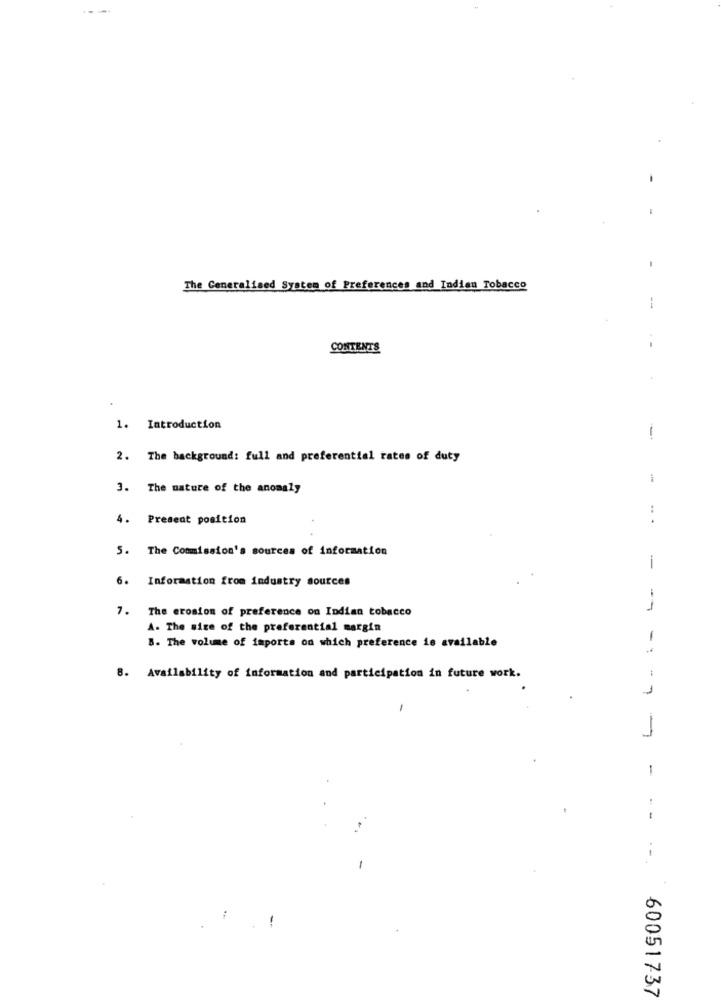
The Generalised System of Preferences and Indian Tobacco
CONTENTS
1. Introduction
1
2. The background: full and preferential rates of duty
3. The nature of the anomaly
:
4. Present position
.
5. The Commission's sources of information
i
6. Information from industry sources
7. The erosion of preference on Indian tobacco
1
A. The size of the preferential margin
B. The volume of imports on which preference is available
1
8. Availability of information and participation in future work.
1
1
--.
60051737